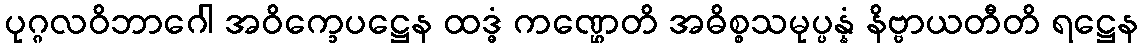
ပုဂ္ဂလဝိဘာဂေါ အဝိက္ခေပဋ္ဌေန ထဒ္ဓံ ကဏ္ဌေတိ အဓိစ္စသမုပ္ပန္နံ နိဗ္ဗာယတီတိ ရဋ္ဌေန